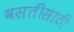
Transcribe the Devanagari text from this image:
वसतीसाठी